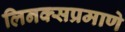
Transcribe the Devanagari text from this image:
लिनक्सप्रमाणे